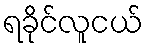
ရခိုင်လူငယ်